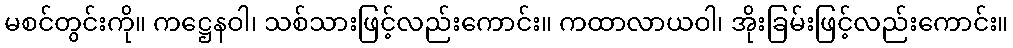
မစင်တွင်းကို။ ကဋ္ဌေနဝါ၊ သစ်သားဖြင့်လည်းကောင်း။ ကထာလာယဝါ၊ အိုးခြမ်းဖြင့်လည်းကောင်း။